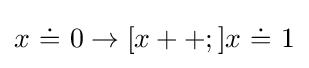
x\ {\dot {=}}\ 0\rightarrow [x++;]x\ {\dot {=}}\ 1